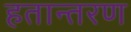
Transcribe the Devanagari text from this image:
हतान्तरण